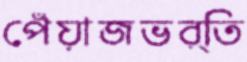
পেঁয়াজভর্তি